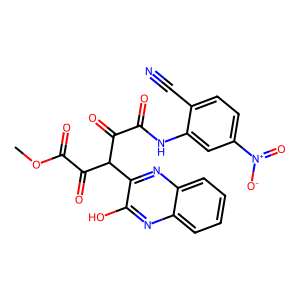
SMILES: COC(=O)C(=O)C(C(=O)C(=O)Nc1cc([N+](=O)[O-])ccc1C#N)c1nc2ccccc2nc1O
Inhibits HIV replication: No